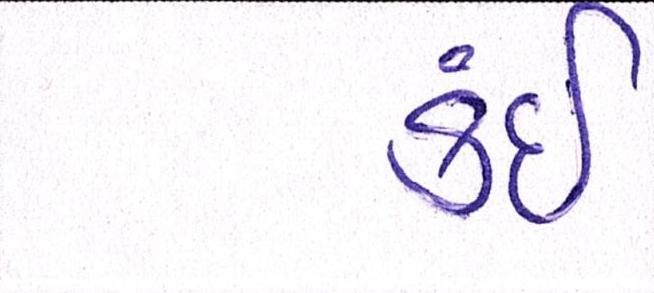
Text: કંઈ